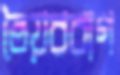
তৈয়ববাগ